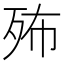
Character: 𣧦